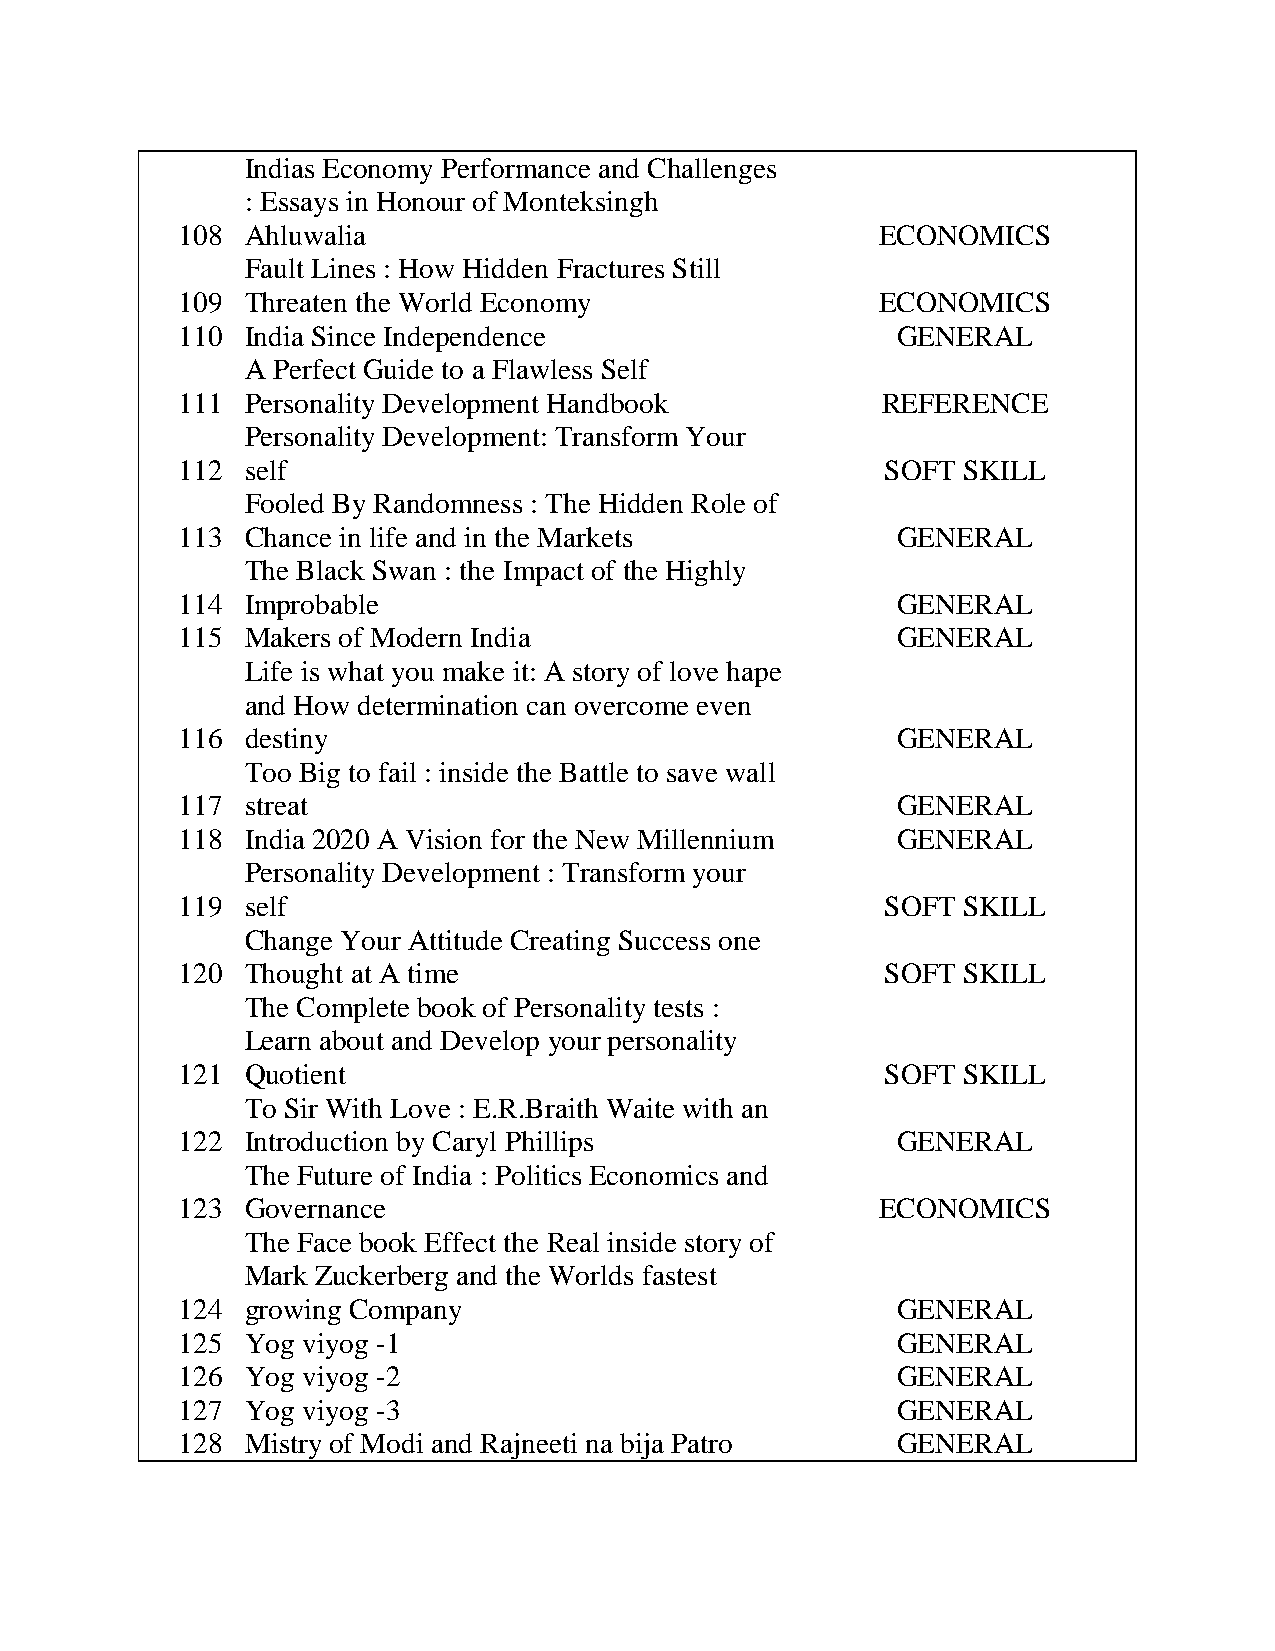
Indias Economy Performance and Challenges
 : Essays in Honour of Monteksingh
 108 Ahluwalia                                 ECONOMICS
 Fault Lines : How Hidden Fractures Still
 109 Threaten the World Economy                ECONOMICS
 110 India Since Independence                   GENERAL
 A Perfect Guide to a Flawless Self
 111 Personality Development Handbook          REFERENCE
 Personality Development: Transform Your
 112 self                                       SOFT SKILL
 Fooled By Randomness : The Hidden Role of
 113 Chance in life and in the Markets          GENERAL
 The Black Swan : the Impact of the Highly
 114 Improbable                                 GENERAL
 115 Makers of Modern India                     GENERAL
 Life is what you make it: A story of love hape
 and How determination can overcome even
 116 destiny                                    GENERAL
 Too Big to fail : inside the Battle to save wall
 117 streat                                     GENERAL
 118 India 2020 A Vision for the New Millennium GENERAL
 Personality Development : Transform your
 119 self                                       SOFT SKILL
 Change Your Attitude Creating Success one
 120 Thought at A time                          SOFT SKILL
 The Complete book of Personality tests :
 Learn about and Develop your personality
 121 Quotient                                   SOFT SKILL
 To Sir With Love : E.R.Braith Waite with an
 122 Introduction by Caryl Phillips             GENERAL
 The Future of India : Politics Economics and
 123 Governance                                ECONOMICS
 The Face book Effect the Real inside story of
 Mark Zuckerberg and the Worlds fastest
 124 growing Company                            GENERAL
 125 Yog viyog -1                               GENERAL
 126 Yog viyog -2                               GENERAL
 127 Yog viyog -3                               GENERAL
 128 Mistry of Modi and Rajneeti na bija Patro  GENERAL